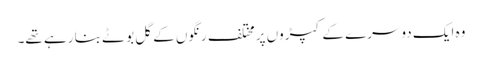
وہ ایک دوسرے کے کپڑوں پر مختلف رنگوں کے گل بوٹے بنا رہے تھے۔